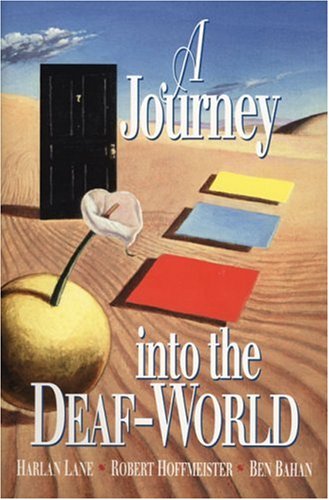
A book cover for A Journey Into the Deaf-World; Harlan Lane; Health, Fitness & Dieting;